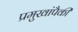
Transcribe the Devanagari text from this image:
प्रमुखांपैकी